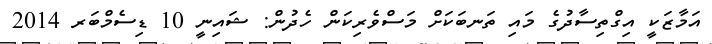
އަމާޒަކީ އިގްތިސާދުގެ މައި ތަނބަކަށް މަސްވެރިކަން ހެދުން: ޝައިނީ 10 ޑިސެމްބަރ 2014